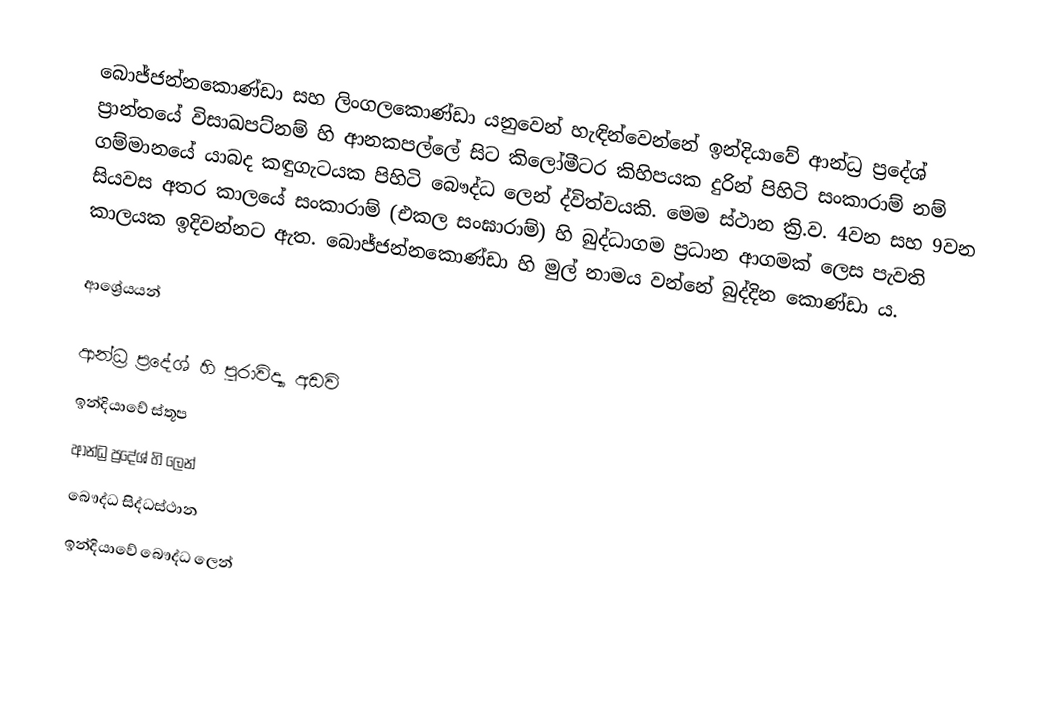
බොජ්ජන්නකොණ්ඩා සහ ලිංගලකොණ්ඩා යනුවෙන් හැඳින්වෙන්නේ ඉන්දියාවේ ආන්ධ්‍ර ප්‍රදේශ් ප්‍රාන්තයේ විසාඛපට්නම් හි   ආනකපල්ලේ සිට කිලෝමීටර කිහිපයක දුරින් පිහිටි සංකාරාම් නම් ගම්මානයේ යාබද කඳුගැටයක පිහිටි බෞද්ධ ලෙන් ද්විත්වයකි. මෙම ස්ථාන ක්‍රි.ව. 4වන සහ 9වන සියවස අතර කාලයේ සංකාරාම් (එකල සංඝාරාම්) හි බුද්ධාගම ප්‍රධාන ආගමක් ලෙස පැවති කාලයක ඉදිවන්නට ඇත. බොජ්ජන්නකොණ්ඩා හි මුල් නාමය වන්නේ බුද්දින කොණ්ඩා ය.

ආශ්‍රේයයන්

ආන්ධ්‍ර ප්‍රදේශ් හි පුරාවිද්‍යා අඩවි
ඉන්දියාවේ ස්තූප
ආන්ධ්‍ර ප්‍රදේශ් හි ලෙන්
බෞද්ධ සිද්ධස්ථාන
ඉන්දියාවේ බෞද්ධ ලෙන්